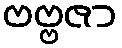
ဗဗ္ဗဇာ